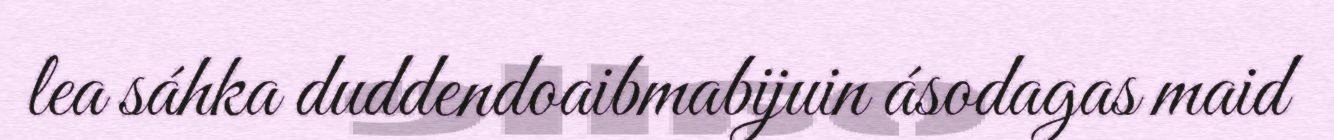
lea sáhka duddendoaibmabijuin ásodagas maid